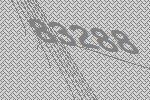
83288